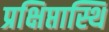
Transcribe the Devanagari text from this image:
प्रक्षिप्तास्थि